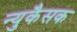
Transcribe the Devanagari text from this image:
न्युकैसक